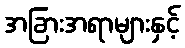
အခြားအရာများနှင့်